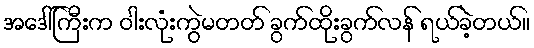
အဒေါ်ကြီးက ဝါးလုံးကွဲမတတ် ခွက်ထိုးခွက်လန် ရယ်ခဲ့တယ်။